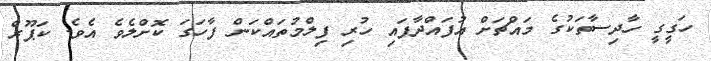
ހަގީގީ ހާދިސާތަކުގެ މައްޗަށް އުފައްދާފައި ހުރި ފިލްމުތައްކަން ފާހަގަ ކޮށްލެވެ އެވެ. ކަޕޫރް